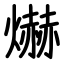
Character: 爀